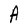
Character: A